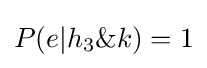
P(e|h_{3}\&k)=1